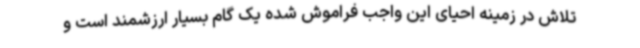
تلاش در زمینه احیای این واجب فراموش شده یک گام بسیار ارزشمند است و